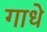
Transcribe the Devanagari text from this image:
गाधे